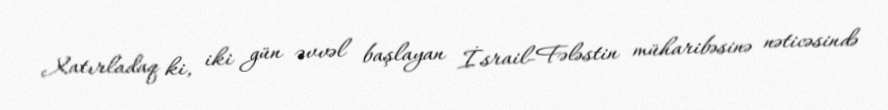
Xatırladaq ki, iki gün əvvəl başlayan İsrail-Fələstin müharibəsinə nəticəsində